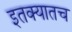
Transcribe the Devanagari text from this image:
इतक्यातच